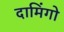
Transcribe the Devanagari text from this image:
दामिंगो